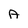
Character: A